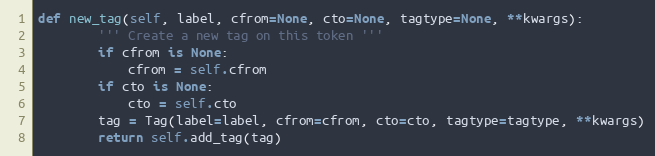
Language: Python
def new_tag(self, label, cfrom=None, cto=None, tagtype=None, **kwargs):
        ''' Create a new tag on this token '''
        if cfrom is None:
            cfrom = self.cfrom
        if cto is None:
            cto = self.cto
        tag = Tag(label=label, cfrom=cfrom, cto=cto, tagtype=tagtype, **kwargs)
        return self.add_tag(tag)